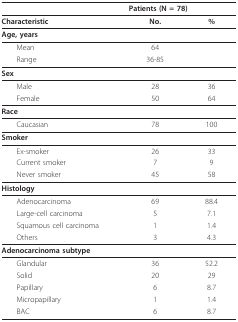
<table><thead><tr><td></td><td colspan="2"><b>Patients (N = 78)</b></td></tr></thead><tbody><tr><td><b>Characteristic</b></td><td><b>No</b>.</td><td><b>%</b></td></tr><tr><td><b>Age, years</b></td><td></td><td></td></tr><tr><td> Mean</td><td>64</td><td></td></tr><tr><td> Range</td><td>36-85</td><td></td></tr><tr><td><b>Sex</b></td><td></td><td></td></tr><tr><td> Male</td><td>28</td><td>36</td></tr><tr><td> Female</td><td>50</td><td>64</td></tr><tr><td><b>Race</b></td><td></td><td></td></tr><tr><td> Caucasian</td><td>78</td><td>100</td></tr><tr><td><b>Smoker</b></td><td></td><td></td></tr><tr><td> Ex-smoker</td><td>26</td><td>33</td></tr><tr><td> Current smoker</td><td>7</td><td>9</td></tr><tr><td> Never smoker</td><td>45</td><td>58</td></tr><tr><td><b>Histology</b></td><td></td><td></td></tr><tr><td> Adenocarcinoma</td><td>69</td><td>88.4</td></tr><tr><td> Large-cell carcinoma</td><td>5</td><td>7.1</td></tr><tr><td> Squamous cell carcinoma</td><td>1</td><td>1.4</td></tr><tr><td> Others</td><td>3</td><td>4.3</td></tr><tr><td><b>Adenocarcinoma subtype</b></td><td></td><td></td></tr><tr><td> Glandular</td><td>36</td><td>52.2</td></tr><tr><td> Solid</td><td>20</td><td>29</td></tr><tr><td> Papillary</td><td>6</td><td>8.7</td></tr><tr><td> Micropapillary</td><td>1</td><td>1.4</td></tr><tr><td> BAC</td><td>6</td><td>8.7</td></tr></tbody></table>